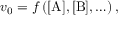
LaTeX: v _ { 0 } = f \left( [ \mathrm { A } ] , [ \mathrm { B } ] , \ldots \right) ,